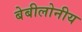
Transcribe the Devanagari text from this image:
बेबीलोनीय